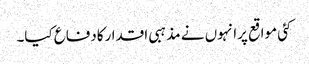
کئی مواقع پرانہوں نے مذہبی اقدارکادفاع کیا۔